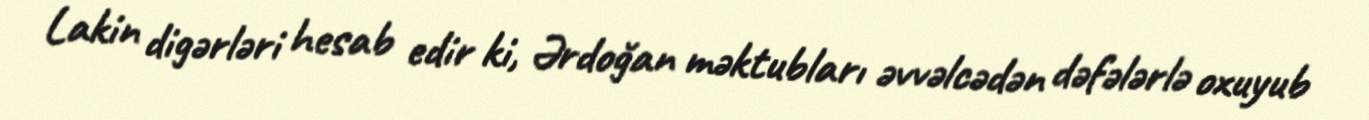
Lakin digərləri hesab edir ki, Ərdoğan məktubları əvvəlcədən dəfələrlə oxuyub